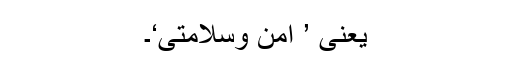
یعنی ’ امن وسلامتی‘۔